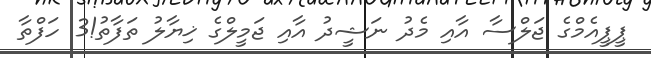
ޕީޕީއެމްގެ ޖަލްސާ އާއި މެދު ނަޝީދު އާއި ޖަމީލްގެ ޚިޔާލު ތަފާތު!3 ހަފްތާ